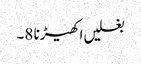
بغلیں اکھیڑنا 8۔